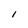
Character: l